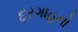
દરગાહનો